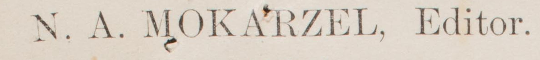
N. A. MOKARZEL, Editor.